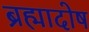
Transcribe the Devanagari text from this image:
ब्रह्मादोष